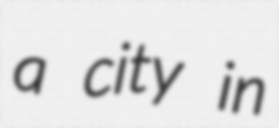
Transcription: a city in